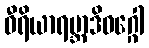
ဝီရိယာရမ္ဘာဒိဝဂ္ဂေါ